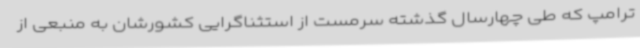
ترامپ که طی چهارسال گذشته سرمست از استثناگرایی کشورشان به منبعی از